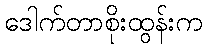
ဒေါက်တာစိုးထွန်းက